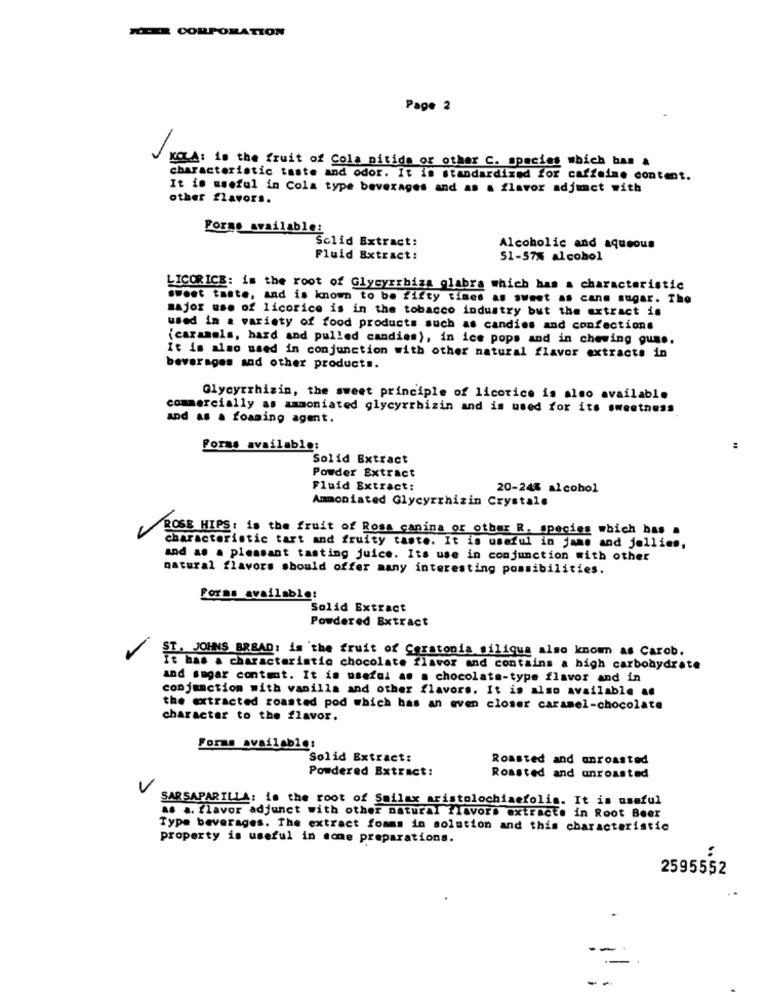
MEER CORPORATION
Page 2
KOLA: in the fruit of Cola nitida or other C. species which bas &
characteristic taste and odor. It is standardized for caffeine content.
It is useful in Cola type beverages and as a flavor adjunct with
other flavors.
Forms available:
Solid Extract:
Alcoholic and aqueous
Fluid Extract:
51-57% alcohol
LICORICE: is the root of Glycyrrbiza glabra which has a characteristic
sweet taste, and is known to be fifty times as sweet as cane sugar. The
major use of licorice is in the tobacco industry but the extract is
used in a variety of food products such as candies and confections
(caramels, hard and pulled candies), in ice pops and in chewing gum ..
It is also used in conjunction with other natural flavor extracts in
beverages and other products.
Glycyrrhizin, the sweet principle of licorice is also available
commercially as ammoniated glycyrrhizin and is used for its sweetness
and as a foaming agent.
Forms available;
Solid Extract
Powder Extract
Fluid Extract:
20-24% alcohol
Ammoniated Glycyrrhizin Crystals
ROSE HIPS: is the fruit of Rosa canina or other R. species which has .
characteristic tart and fruity taste. It is useful in jame and jellies,
and as a pleasant tasting juice. Its use in conjunction with other
natural flavors should offer many interesting possibilities.
Forms availablet
Solid Extract
Powdered Extract
ST. JOHNS BREAD: is the fruit of Ceratonia siliqua also known as Carob.
It has a characteristic chocolate flavor and contains a high carbohydrate
and sugar content. It is useful as a chocolate-type flavor and in
conjunction with vanilla and other flavors. It is also available as
the extracted roasted pod which has an even closer caramel-chocolate
character to the flavor.
Forms available:
Solid Extract:
Roasted and onroasted
Powdered Extract:
Roasted and onroasted
V
SARSAPARILLA: is the root of Suilax aristolochiaefolia. It is useful
as a. flavor adjunct with other natural flavors extracts in Root Beer
Type beverages. The extract fomms in solution and this characteristic
property is useful in some preparations.
:
2595552